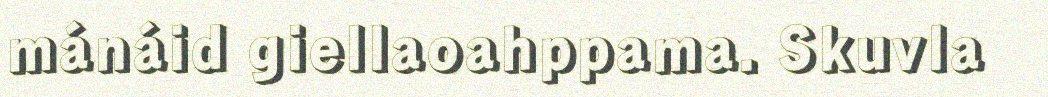
mánáid giellaoahppama. Skuvla